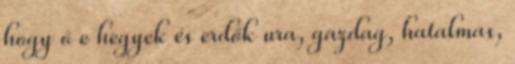
hogy ő e hegyek és erdők ura, gazdag, hatalmas,